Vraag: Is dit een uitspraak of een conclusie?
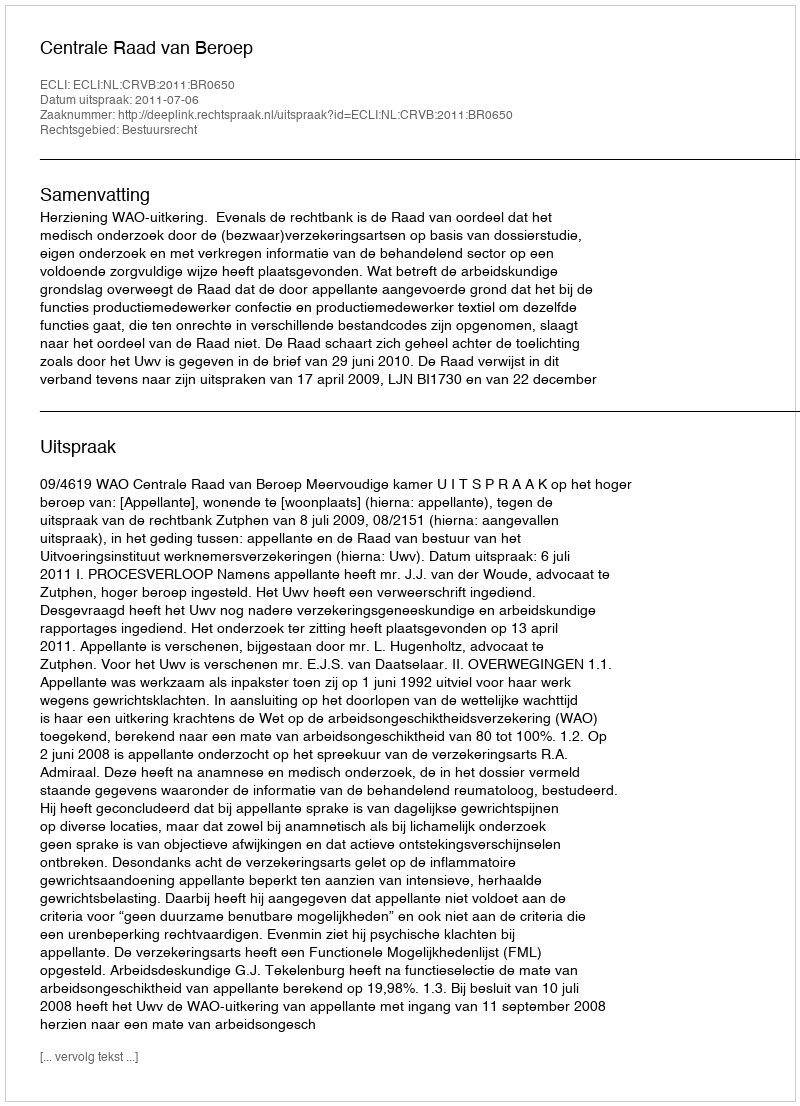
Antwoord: Uitspraak